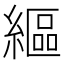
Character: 䌔